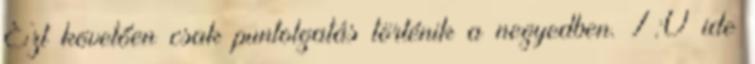
Ezt követően csak puntolgatás történik a negyedben. 7:0 ide